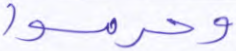
وحرموا